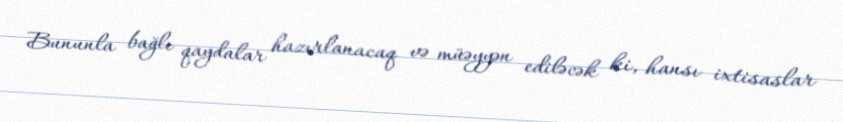
Bununla bağlı qaydalar hazırlanacaq və müəyyən ediləcək ki, hansı ixtisaslar